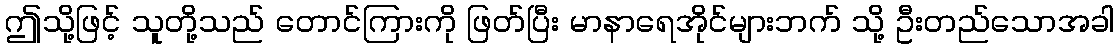
ဤသို့ဖြင့် သူတို့သည် တောင်ကြားကို ဖြတ်ပြီး မာနာရေအိုင်များဘက် သို့ ဦးတည်သောအခါ